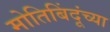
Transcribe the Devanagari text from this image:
मोतिबिंदूंच्या